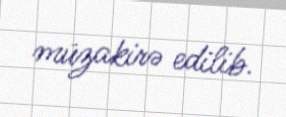
müzakirə edilib.